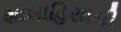
શાખાહિસાબી